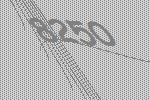
8250